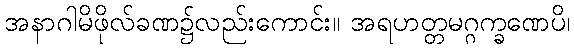
အနာဂါမိဖိုလ်ခဏ၌လည်းကောင်း။ အရဟတ္တမဂ္ဂက္ခဏေပိ၊